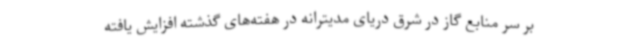
بر سر منابع گاز در شرق دریای مدیترانه در هفته‌های گذشته افزایش یافته